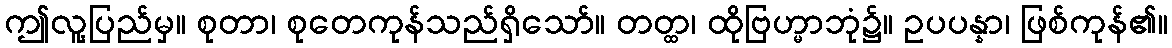
ဤလူ့ပြည်မှ။ စုတာ၊ စုတေကုန်သည်ရှိသော်။ တတ္ထ၊ ထိုဗြဟ္မာဘုံ၌။ ဥပပန္နာ၊ ဖြစ်ကုန်၏။